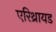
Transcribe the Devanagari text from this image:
एरिथ्रायड